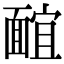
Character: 𩈭